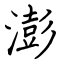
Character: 澎